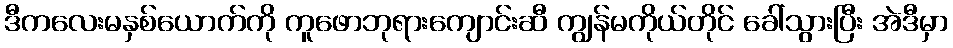
ဒီကလေးမနှစ်ယောက်ကို ကူဖောဘုရားကျောင်းဆီ ကျွန်မကိုယ်တိုင် ခေါ်သွားပြီး အဲဒီမှာ